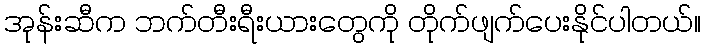
အုန်းဆီက ဘက်တီးရီးယားတွေကို တိုက်ဖျက်ပေးနိုင်ပါတယ်။